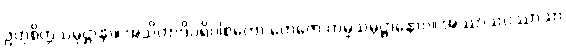
ဥတုစိတ္တသမုဋ္ဌာနာ။ အသိတာဒိပရိပါစကော တေဇော ကမ္မသမုဋ္ဌာနောဝ။ အဿာသပဿာသာ